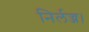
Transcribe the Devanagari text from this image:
निर्लज्ज।